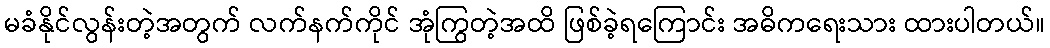
မခံနိုင်လွန်းတဲ့အတွက် လက်နက်ကိုင် အုံကြွတဲ့အထိ ဖြစ်ခဲ့ရကြောင်း အဓိကရေးသား ထားပါတယ်။